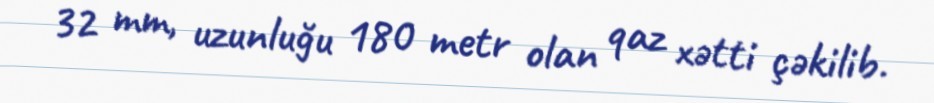
32 mm, uzunluğu 180 metr olan qaz xətti çəkilib.